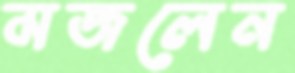
মজলেন